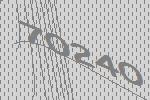
70240